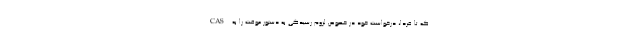
که تا فردا، درخواست خود در خصوص لزوم رسیدگی به دستور موقت را به CAS